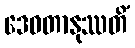
ဒေဝတာနုဿတိံ